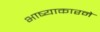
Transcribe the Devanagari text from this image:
भाष्याकारने